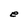
Character: e